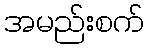
အမည်းစက်